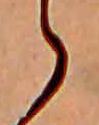
ゝ